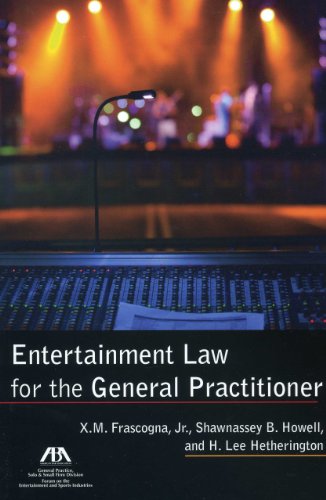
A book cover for Entertainment Law for the General Practitioner; Shawnassey B. Howell; Law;